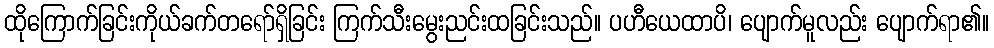
ထိုကြောက်ခြင်းကိုယ်ခက်တရော်ရှိခြင်း ကြက်သီးမွေးညင်းထခြင်းသည်။ ပဟီယေထာပိ၊ ပျောက်မူလည်း ပျောက်ရာ၏။